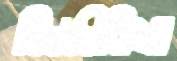
জিজীবিষা